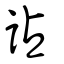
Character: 詀